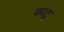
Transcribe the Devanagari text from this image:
काटू